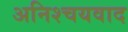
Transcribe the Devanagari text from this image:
अनिश्चयवाद